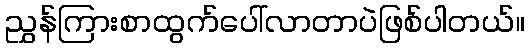
ညွှန်ကြားစာထွက်ပေါ်လာတာပဲဖြစ်ပါတယ်။